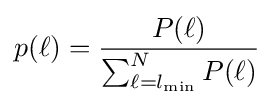
p(\ell )={\frac {P(\ell )}{\sum _{\ell =l_{\min }}^{N}P(\ell )}}